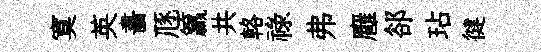
寞英畵豗籯共輅祿弗廱郤玷徤